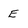
Character: E